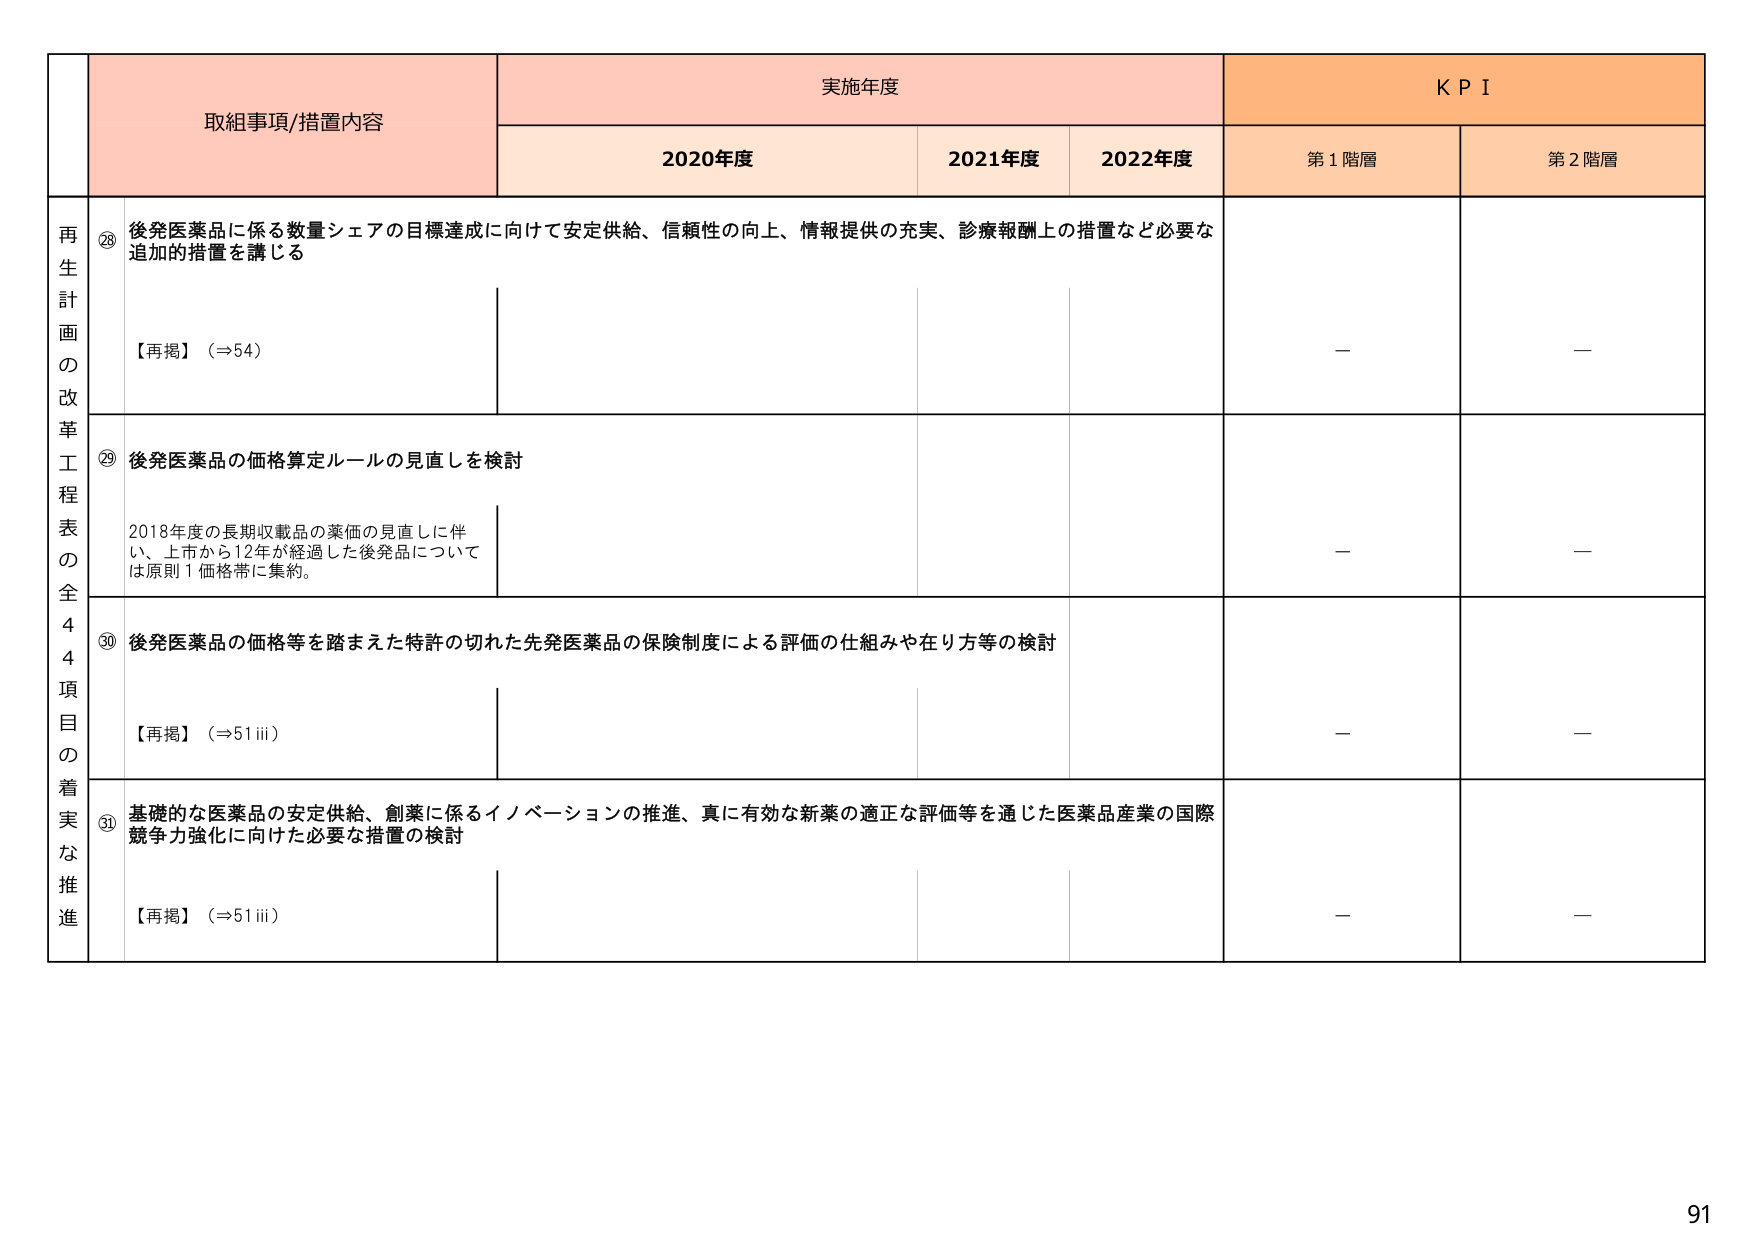
取組事項/措置内容
実施年度
KPI
2020年度
2021年度
2022年度
第1階層
第2階層
再生計画の改革工程表の全44項目の着実な推進
⑳ 後発医薬品に係る数量シェアの目標達成に向けて安定供給、信頼性の向上、情報提供の充実、診療報酬上の措置など必要な追加的措置を講じる
【再掲】（⇒54）
－
－
㉑ 後発医薬品の価格算定ルールの見直しを検討
2018年度の長期収載品の薬価の見直しに伴い、上市から12年が経過した後発品については原則1価格帯に集約。
－
－
㉒ 後発医薬品の価格等を踏まえた特許の切れた先発医薬品の保険制度による評価の仕組みや在り方等の検討
【再掲】（⇒51 iii）
－
－
㉓ 基礎的な医薬品の安定供給、創薬に係るイノベーションの推進、真に有効な新薬の適正な評価等を通じた医薬品産業の国際競争力強化に向けた必要な措置の検討
【再掲】（⇒51 iii）
－
－
91